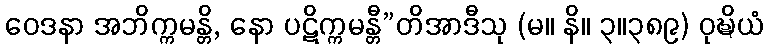
ဝေဒနာ အဘိက္ကမန္တိ, နော ပဋိက္ကမန္တီ”တိအာဒီသု (မ။ နိ။ ၃။၃၈၉) ဝုဍ္ဎိယံ